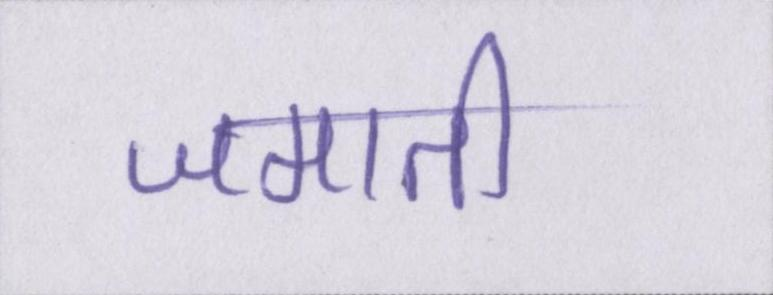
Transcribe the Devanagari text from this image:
जमाती